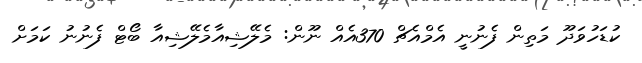
ކުޑަހުވަދޫ މަތިން ފެނުނީ އެމްއެޗް 370އެއް ނޫން: މެލޭޝިއާމެލޭޝިއާ ބޯޓް ފެނުނު ކަމަށް